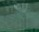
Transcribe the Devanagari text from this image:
अनाजवाले